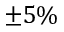
\pm 5 \%